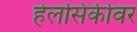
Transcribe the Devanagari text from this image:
हेलसिंकीवर